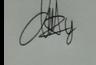
Signature authenticity: genuine